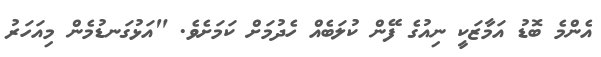
އެންމެ ބޮޑު އަމާޒަކީ ނިއުގެ ފޭން ކުލަބެއް ހެދުމަށް ކަމަށެވެ. "އަޅުގަނޑުމެން މިއަހަރު